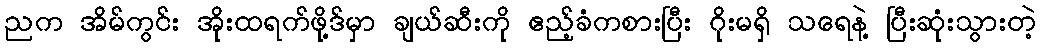
ညက အိမ်ကွင်း အိုးထရက်ဖို့ဒ်မှာ ချယ်ဆီးကို ဧည့်ခံကစားပြီး ဂိုးမရှိ သရေနဲ့ ပြီးဆုံးသွားတဲ့